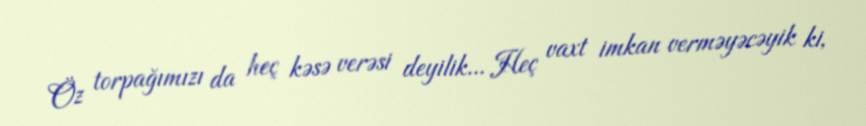
Öz torpağımızı da heç kəsə verəsi deyilik... Heç vaxt imkan verməyəcəyik ki,